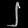
Digit: ၂